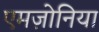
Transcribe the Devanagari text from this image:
एमज़ोनिया